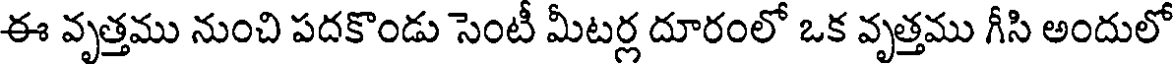
ఈ వృత్తము నుంచి పదకొండు సెంటీ మీటర్ల దూరంలో ఒక వృత్తము గీసి అందులో